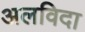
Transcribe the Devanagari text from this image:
अलविदा